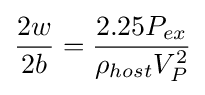
{\frac {2w}{2b}}={\frac {2.25P_{ex}}{\rho _{host}V_{P}^{2}}}